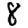
Digit: 8